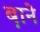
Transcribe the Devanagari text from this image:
ब़ाने